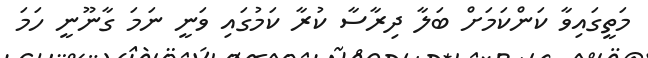
މަތީގައިވާ ކަންކަމަށް ބަލާ ދިރާސާ ކުރާ ކަމުގައި ވަނީ ނަމަ ގާނޫނީ ހަމަ